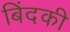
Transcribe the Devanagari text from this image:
बिंदकी